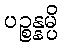
ပဉ္စန္နမ္ပိ